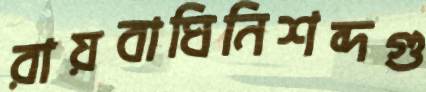
রায়বাঘিনিশব্দগু